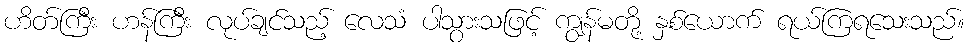
ဟိတ်ကြီး ဟန်ကြီး လုပ်ချင်သည့် လေသံ ပါသွားသဖြင့် ကျွန်မတို့ နှစ်ယောက် ရယ်ကြရသေးသည်။